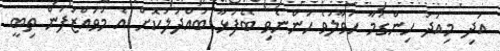
އަދި މިއަދު ހިންގުމާ ހަވާލުވެ ހުންނެވި ބޭފުޅާ ބައްދަލުކޮށް އެ މުވައްޒަފުން ތިބީ